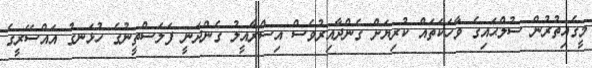
މީގެއިތުރުން ސުލްޙައިގެ ވާހަކަތައް ކުރިޔަށް ގެންދާއިރުވެސް އިސްރާއީލު ގެންދަނީ ފަލަސްތީނުގެ ހުޅަނގު އައްސޭރީގެ